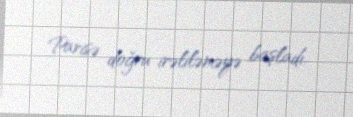
Parisə doğru irəliləməyə başladı.